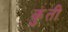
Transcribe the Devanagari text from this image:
कुुंती